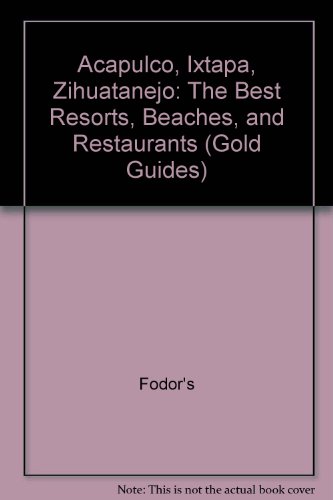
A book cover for Acapulco, Ixtapa, Zihuatanejo: The Best Resorts, Beaches, and Restaurants (Gold Guides); Fodor's; Travel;